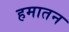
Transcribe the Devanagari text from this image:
हमातन